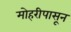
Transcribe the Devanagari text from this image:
मोहरीपासून